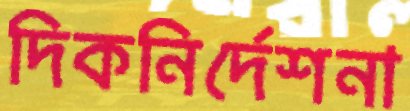
দিকনির্দেশনা